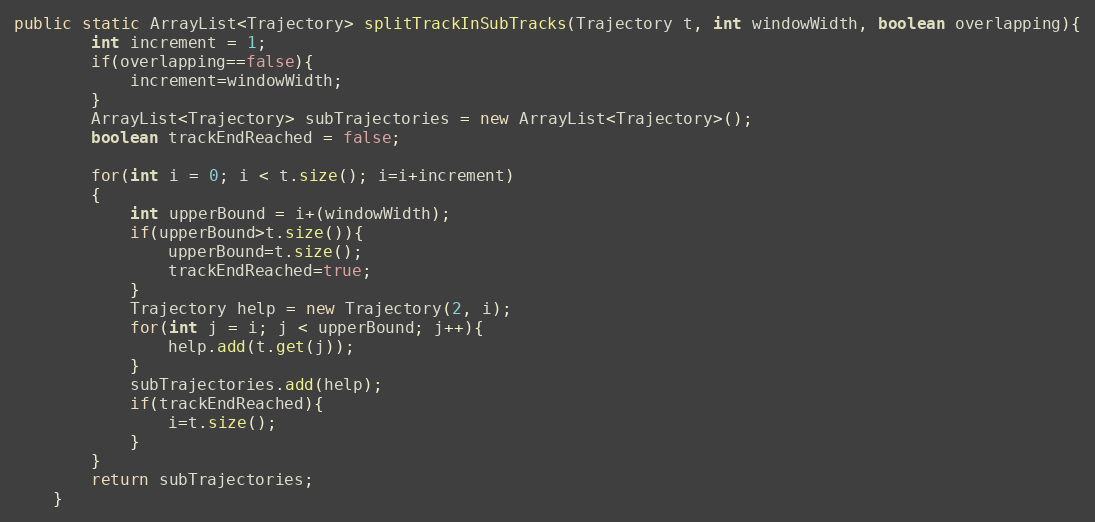
Language: Java
public static ArrayList<Trajectory> splitTrackInSubTracks(Trajectory t, int windowWidth, boolean overlapping){
		int increment = 1;
		if(overlapping==false){
			increment=windowWidth;
		}
		ArrayList<Trajectory> subTrajectories = new ArrayList<Trajectory>();
		boolean trackEndReached = false;

		for(int i = 0; i < t.size(); i=i+increment)
		{
			int upperBound = i+(windowWidth);
			if(upperBound>t.size()){
				upperBound=t.size();
				trackEndReached=true;
			}
			Trajectory help = new Trajectory(2, i);
			for(int j = i; j < upperBound; j++){
				help.add(t.get(j));
			}
			subTrajectories.add(help);
			if(trackEndReached){
				i=t.size();
			}
		}
		return subTrajectories;
	}